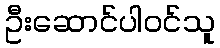
ဦးဆောင်ပါဝင်သူ